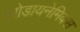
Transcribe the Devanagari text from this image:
एरोडायनेमिक्स